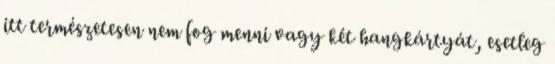
itt természetesen nem fog menni vagy két hangkártyát, esetleg